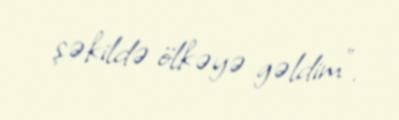
şəkildə ölkəyə gəldim”.